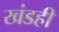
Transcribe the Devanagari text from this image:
खंडही